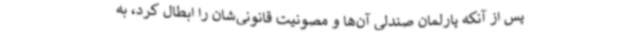
پس از آنکه پارلمان صندلی آن‌ها و مصونیت قانونی‌شان را ابطال کرد، به